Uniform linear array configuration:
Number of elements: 12
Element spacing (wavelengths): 0.5
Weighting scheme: hamming
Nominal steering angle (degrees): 45
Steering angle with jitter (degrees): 46.641
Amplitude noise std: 0.05
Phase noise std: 0.05

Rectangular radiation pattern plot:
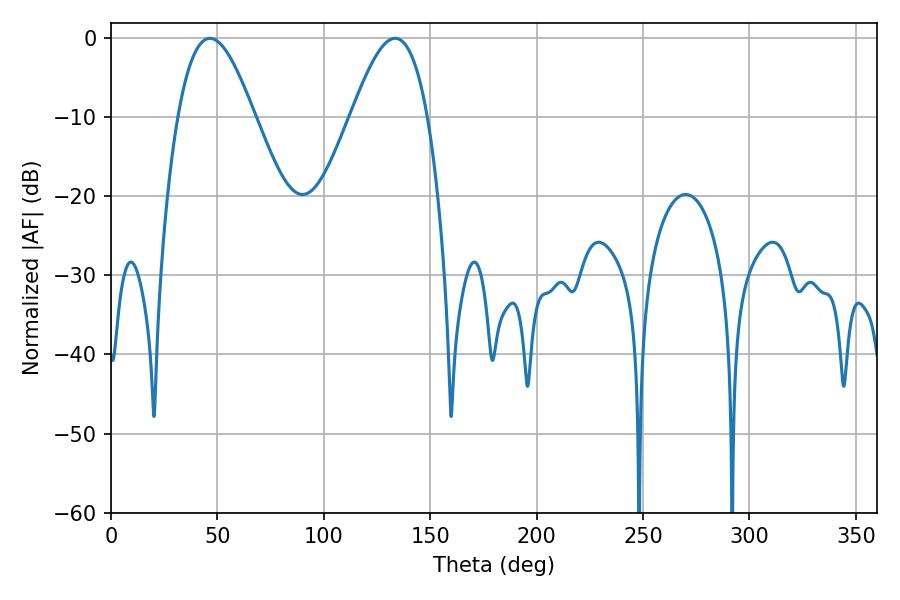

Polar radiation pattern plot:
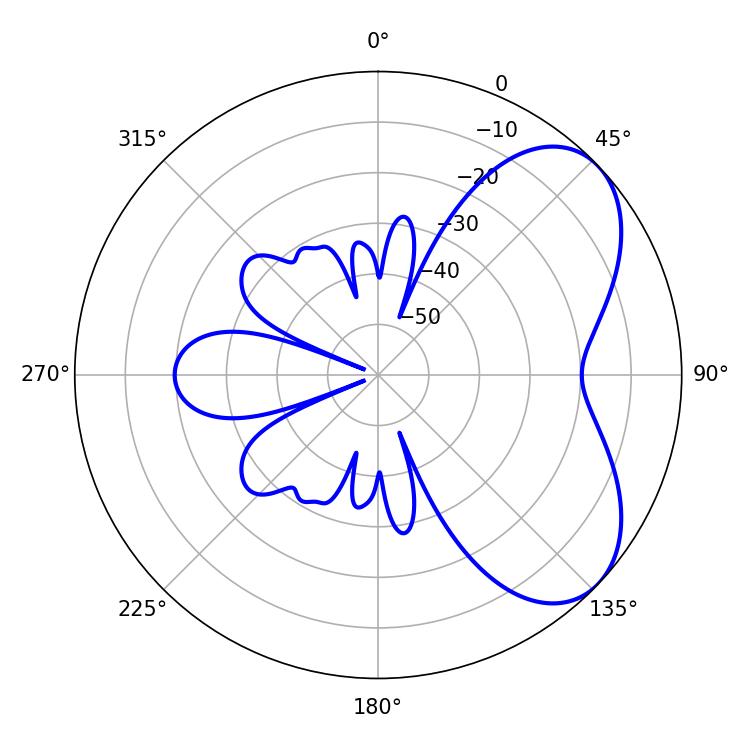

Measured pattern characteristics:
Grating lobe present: FALSE
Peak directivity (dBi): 5.615
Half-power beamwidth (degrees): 19.44
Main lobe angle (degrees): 46.44